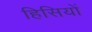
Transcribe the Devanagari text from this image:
हिसियों